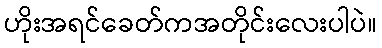
ဟိုးအရင်ခေတ်ကအတိုင်းလေးပါပဲ။